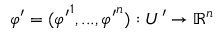
\varphi ^ { \prime } = ( { \varphi ^ { \prime } } ^ { 1 } , . . . , { \varphi ^ { \prime } } ^ { n } ) : U ^ { \prime } \to \mathbb { R } ^ { n }